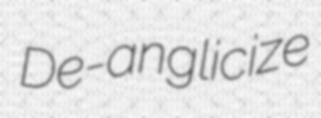
De-anglicize